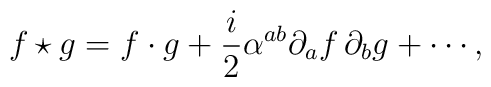
f\star g=f\cdot g+\frac{i}{2}\alpha ^{ab}\partial _{a}f\,\partial_{b}g+\cdots ,